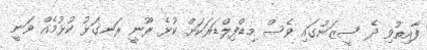
ފާއިތުވި ދެ ސީޒަނުގައި ވެސް މިޑްފިލްޑަރަކަށް ކުޅެ ރޫނީ ރަނގަޅު ކުޅުމެއް ވަނީ